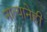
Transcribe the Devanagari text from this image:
नात्यानेही